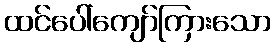
ထင်ပေါ်ကျော်ကြားသော